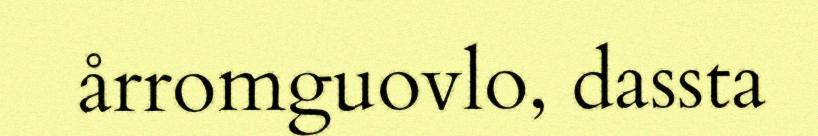
årromguovlo, dassta